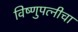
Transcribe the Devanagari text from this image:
विष्णुपत्नीचा